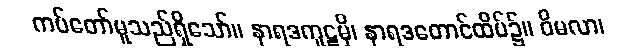
ကပ်တော်မူသည်ရှိသော်။ နာရဒကူဋမှိ၊ နာရဒတောင်ထိပ်၌။ ဝိမလာ၊